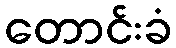
တောင်းခံ